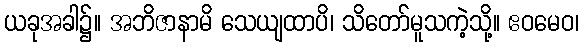
ယခုအခါ၌။ အဘိဇာနာမိ သေယျထာပိ၊ သိတော်မူသကဲ့သို့။ ဧဝမေဝ၊